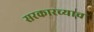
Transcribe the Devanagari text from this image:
सरकारच्याच